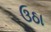
ઉઠા